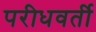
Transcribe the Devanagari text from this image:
परीधवर्ती